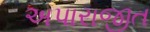
અપારાજીત